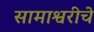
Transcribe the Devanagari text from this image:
सामाश्वरीचे